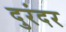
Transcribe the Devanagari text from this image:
दुरंदर